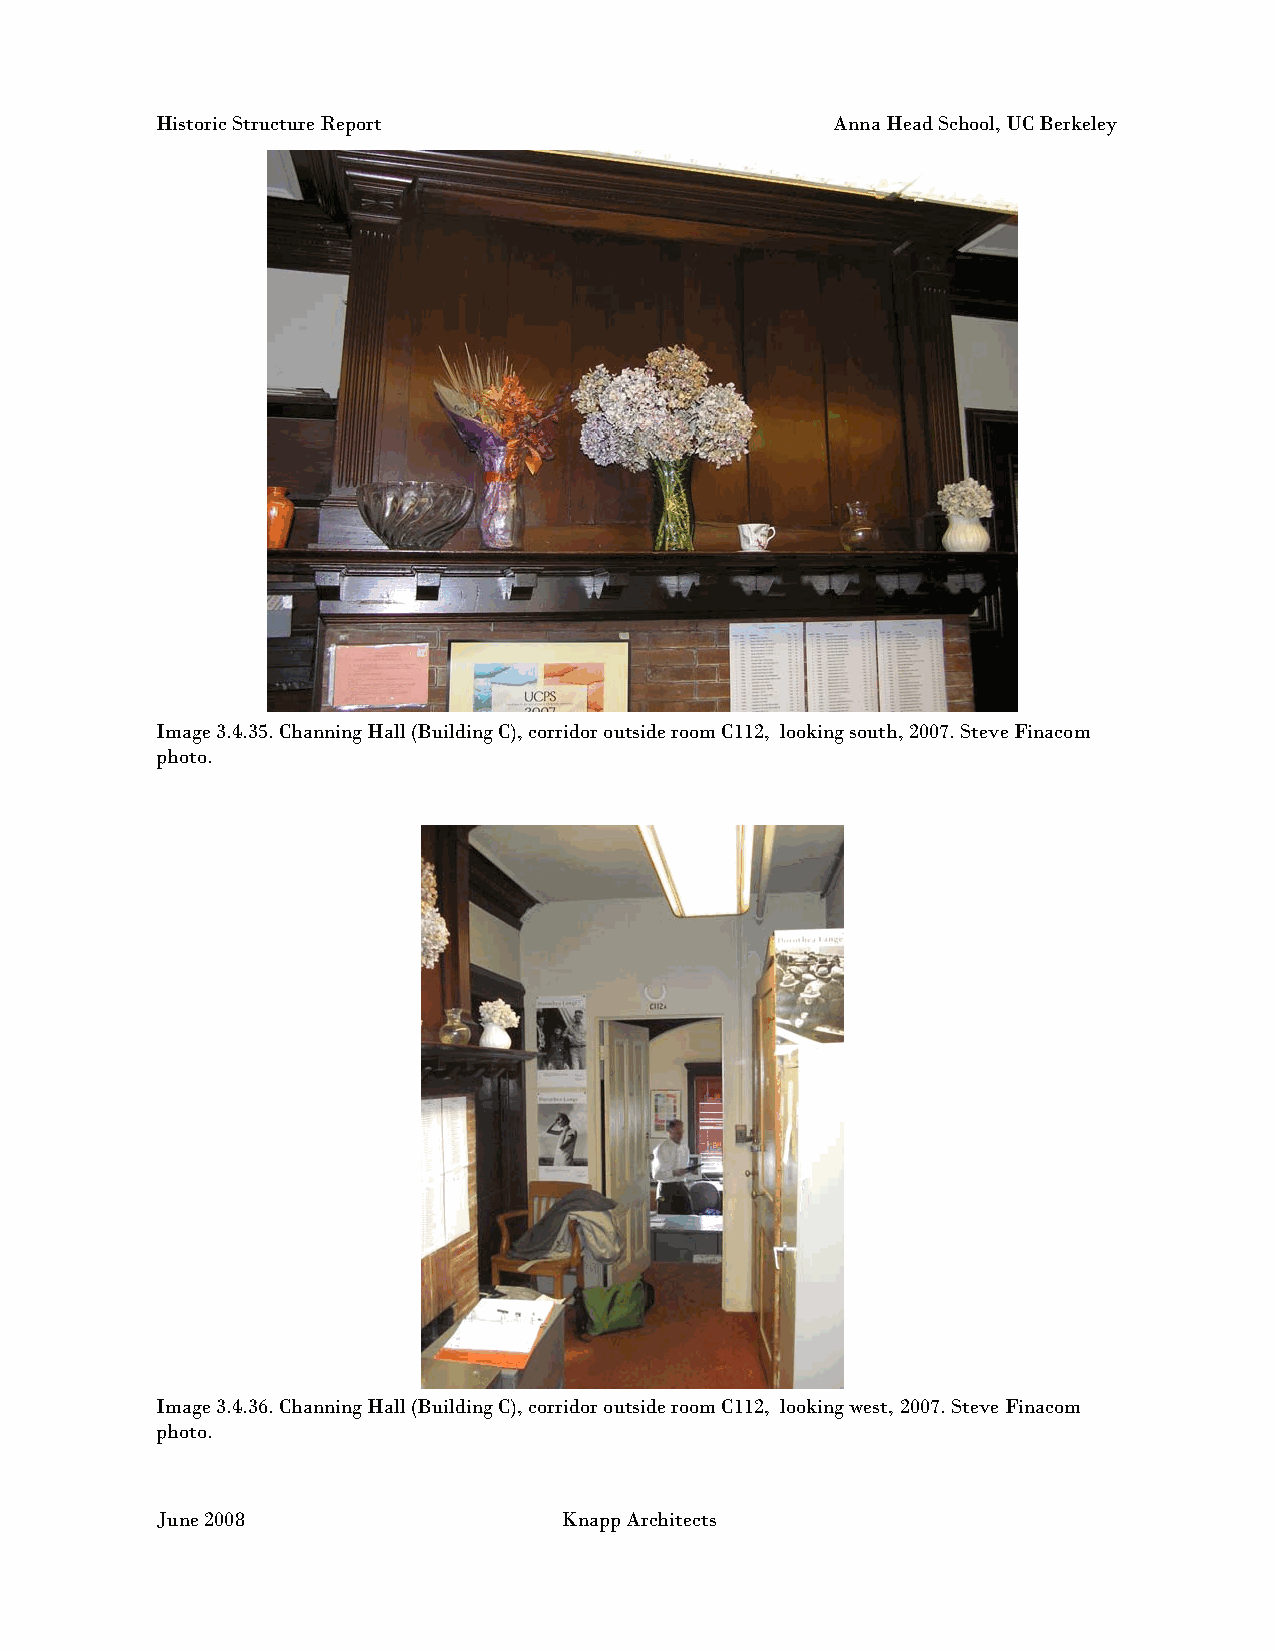
Historic Structure Report                    Anna Head School, UC Berkeley
 Image 3.4.35. Channing Hall (Building C), corridor outside room C112, looking south, 2007. Steve Finacom
 photo.
 Image 3.4.36. Channing Hall (Building C), corridor outside room C112, looking west, 2007. Steve Finacom
 photo.
 June 2008                  Knapp Architects